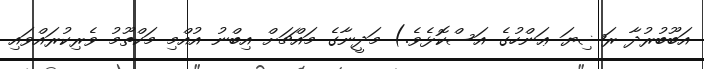
އަބޫބުރުދާ ރަޟިޔަ ޢަންހުގެ އަސްކޮޅެވެ.) މަދީނާގެ މައްޗަށް އިބްނު އުއްމި މަކްތޫމު ވެރިކުރައްވައި